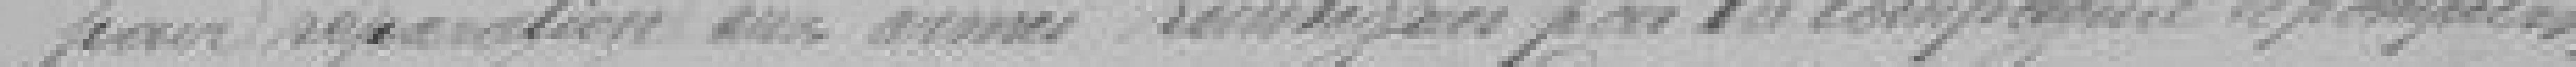
pour réparation aux armes réintégrées par la compagnie de pompiers.